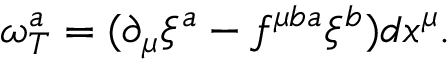
\omega _ { T } ^ { a } = ( \partial _ { \mu } \xi ^ { a } - f ^ { \mu b a } \xi ^ { b } ) d x ^ { \mu } .